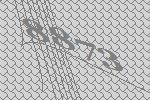
8873